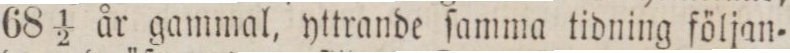
68 1/2 år gammal, yttrande ſamma tidning följan=